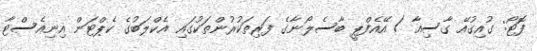
ފޮޓޯ: ގުއިގުއޭ ގާސިއާ / އޭއެފްޕީ ބާސެލޯނާގެ ފަރިތަކުރުންތަކުގައި އެކްލަބުގެ ކެޕްޓަން އިނިއެސްޓާ